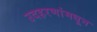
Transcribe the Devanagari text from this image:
उदहरणांमधून